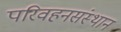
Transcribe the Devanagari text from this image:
परिवहनसंस्थान